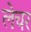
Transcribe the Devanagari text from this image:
लेचर